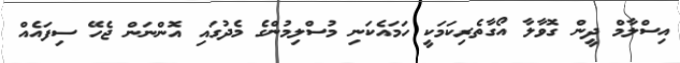
އިސްލާމް ދީން ގޮވާލާ އޯގާތެރިކަމަކީ ހަމައެކަނި މުސްލިމުންގެ މެދުގައި އޮންނަން ޖެހޭ ސިފައެއް